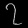
Digit: ၇